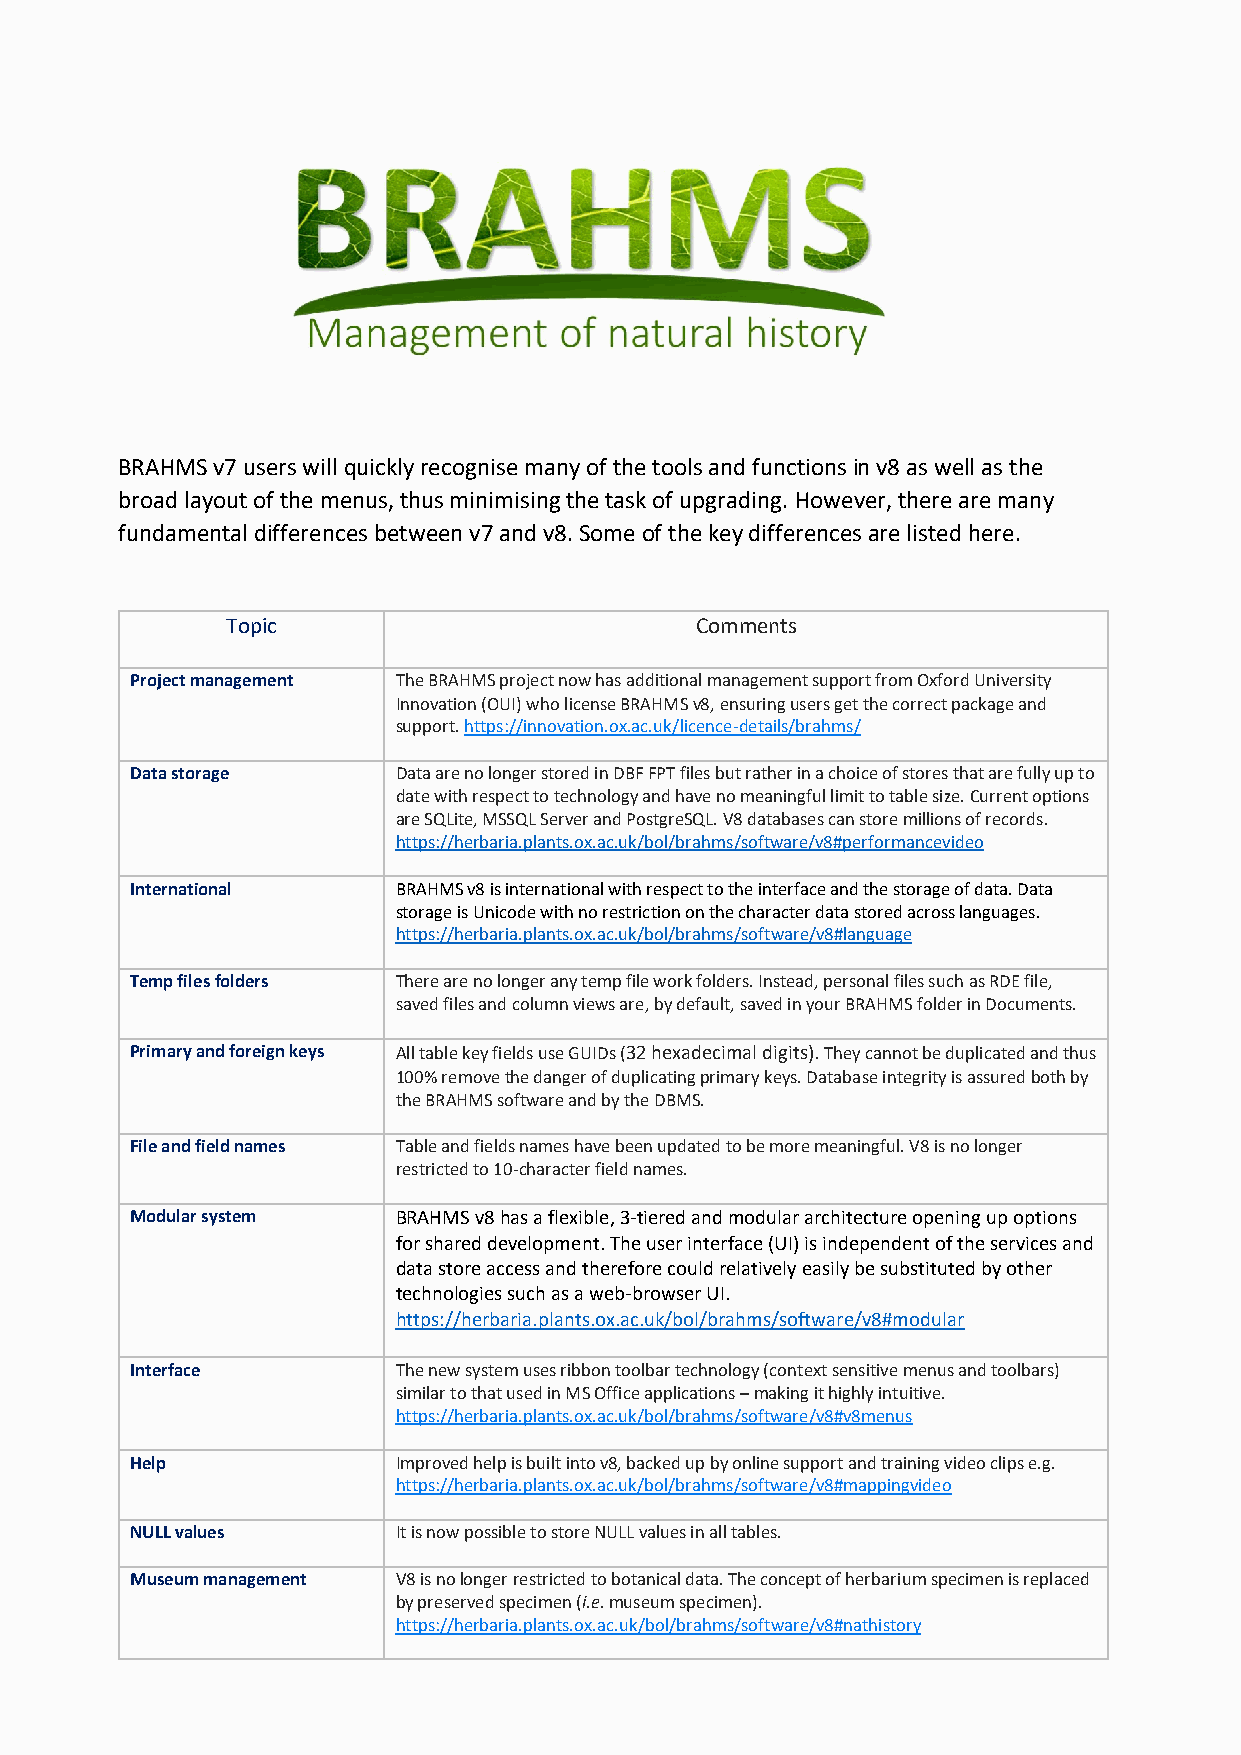
BRAHMS v7 users will quickly recognise many of the tools and functions in v8 as well as the
 broad layout of the menus, thus minimising the task of upgrading. However, there are many
 fundamental differences between v7 and v8. Some of the key differences are listed here.
 Topic                          Comments
 Project management The BRAHMS project now has additional management support from Oxford University
 Innovation (OUI) who license BRAHMS v8, ensuring users get the correct package and
 support. https://innovation.ox.ac.uk/licence-details/brahms/
 Data storage     Data are no longer stored in DBF FPT files but rather in a choice of stores that are fully up to
 date with respect to technology and have no meaningful limit to table size. Current options
 are SQLite, MSSQL Server and PostgreSQL. V8 databases can store millions of records.
 https://herbaria.plants.ox.ac.uk/bol/brahms/software/v8#performancevideo
 International    BRAHMS v8 is international with respect to the interface and the storage of data. Data
 storage is Unicode with no restriction on the character data stored across languages.
 https://herbaria.plants.ox.ac.uk/bol/brahms/software/v8#language
 Temp files folders There are no longer any temp file work folders. Instead, personal files such as RDE file,
 saved files and column views are, by default, saved in your BRAHMS folder in Documents.
 Primary and foreign keys All table key fields use GUIDs (32 hexadecimal digits). They cannot be duplicated and thus
 100% remove the danger of duplicating primary keys. Database integrity is assured both by
 the BRAHMS software and by the DBMS.
 File and field names Table and fields names have been updated to be more meaningful. V8 is no longer
 restricted to 10-character field names.
 Modular system   BRAHMS v8 has a flexible, 3-tiered and modular architecture opening up options
 for shared development. The user interface (UI) is independent of the services and
 data store access and therefore could relatively easily be substituted by other
 technologies such as a web-browser UI.
 https://herbaria.plants.ox.ac.uk/bol/brahms/software/v8#modular
 Interface        The new system uses ribbon toolbar technology (context sensitive menus and toolbars)
 similar to that used in MS Office applications – making it highly intuitive.
 https://herbaria.plants.ox.ac.uk/bol/brahms/software/v8#v8menus
 Help             Improved help is built into v8, backed up by online support and training video clips e.g.
 https://herbaria.plants.ox.ac.uk/bol/brahms/software/v8#mappingvideo
 NULL values      It is now possible to store NULL values in all tables.
 Museum management V8 is no longer restricted to botanical data. The concept of herbarium specimen is replaced
 by preserved specimen (i.e. museum specimen).
 https://herbaria.plants.ox.ac.uk/bol/brahms/software/v8#nathistory